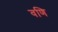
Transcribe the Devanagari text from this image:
वणि